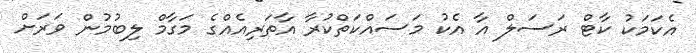
އެކަމަކު ކާޓް ރަސަލް އާ އެކު މަސައްކަތްކުރާ އާތަރިއެއްގެ މަގާމް ލިބުމުން ވަރަށް